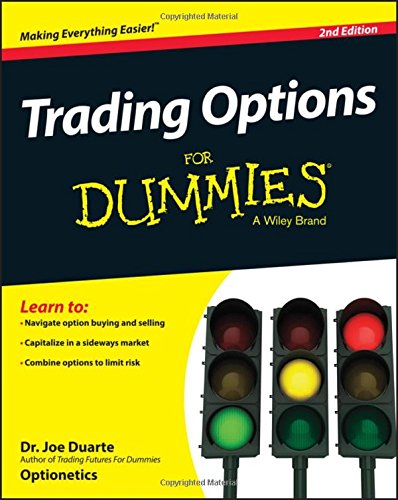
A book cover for Trading Options For Dummies; Joe Duarte; Business & Money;